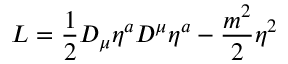
{ \cal L } = \frac { 1 } { 2 } D _ { \mu } \eta ^ { a } D ^ { \mu } \eta ^ { a } - \frac { m ^ { 2 } } { 2 } \eta ^ { 2 }